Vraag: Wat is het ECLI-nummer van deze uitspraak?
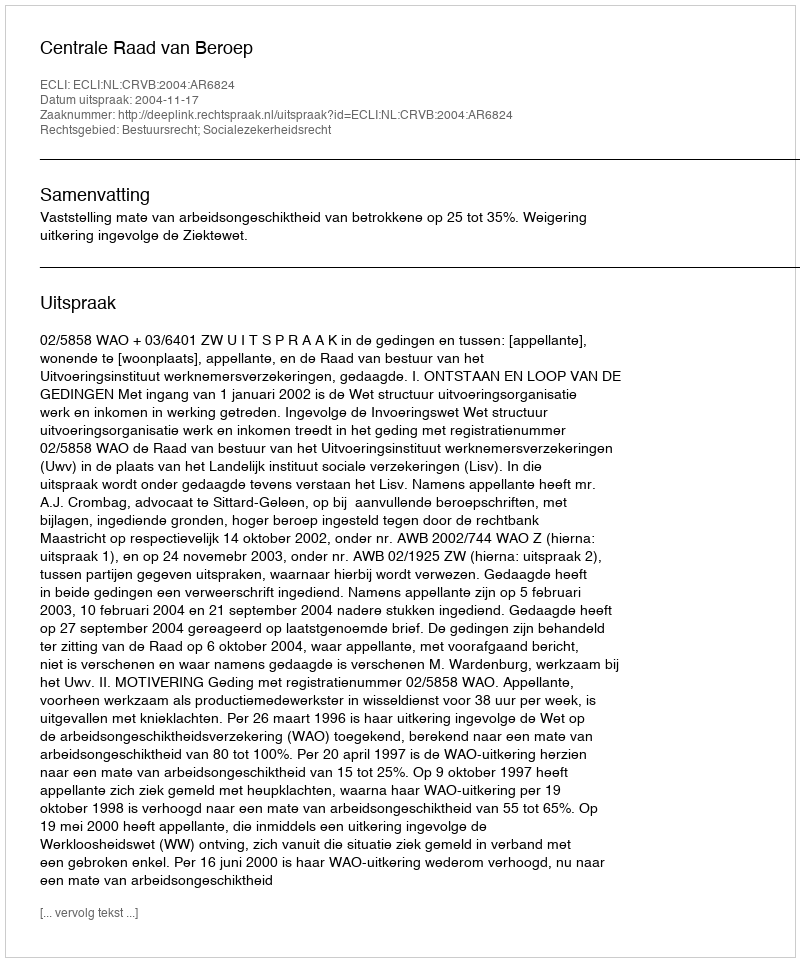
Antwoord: ECLI:NL:CRVB:2004:AR6824